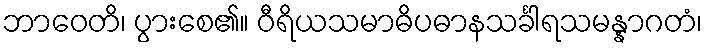
ဘာဝေတိ၊ ပွားစေ၏။ ဝီရိယသမာဓိပဓာနသင်္ခါရသမန္နာဂတံ၊